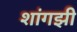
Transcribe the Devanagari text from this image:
शांगझी